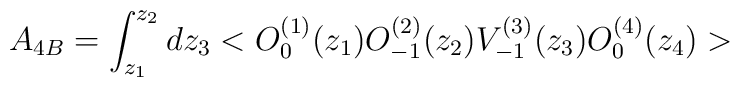
A_{4B}=\int _{z_1}^{z_2}dz_3<O^{(1)}_{0}(z_1)O^{(2)}_{-1}(z_2)V^{(3)}_{-1}(z_3)O^{(4)}_{0}(z_4)>